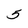
Character: 5